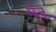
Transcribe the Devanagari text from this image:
र्मन